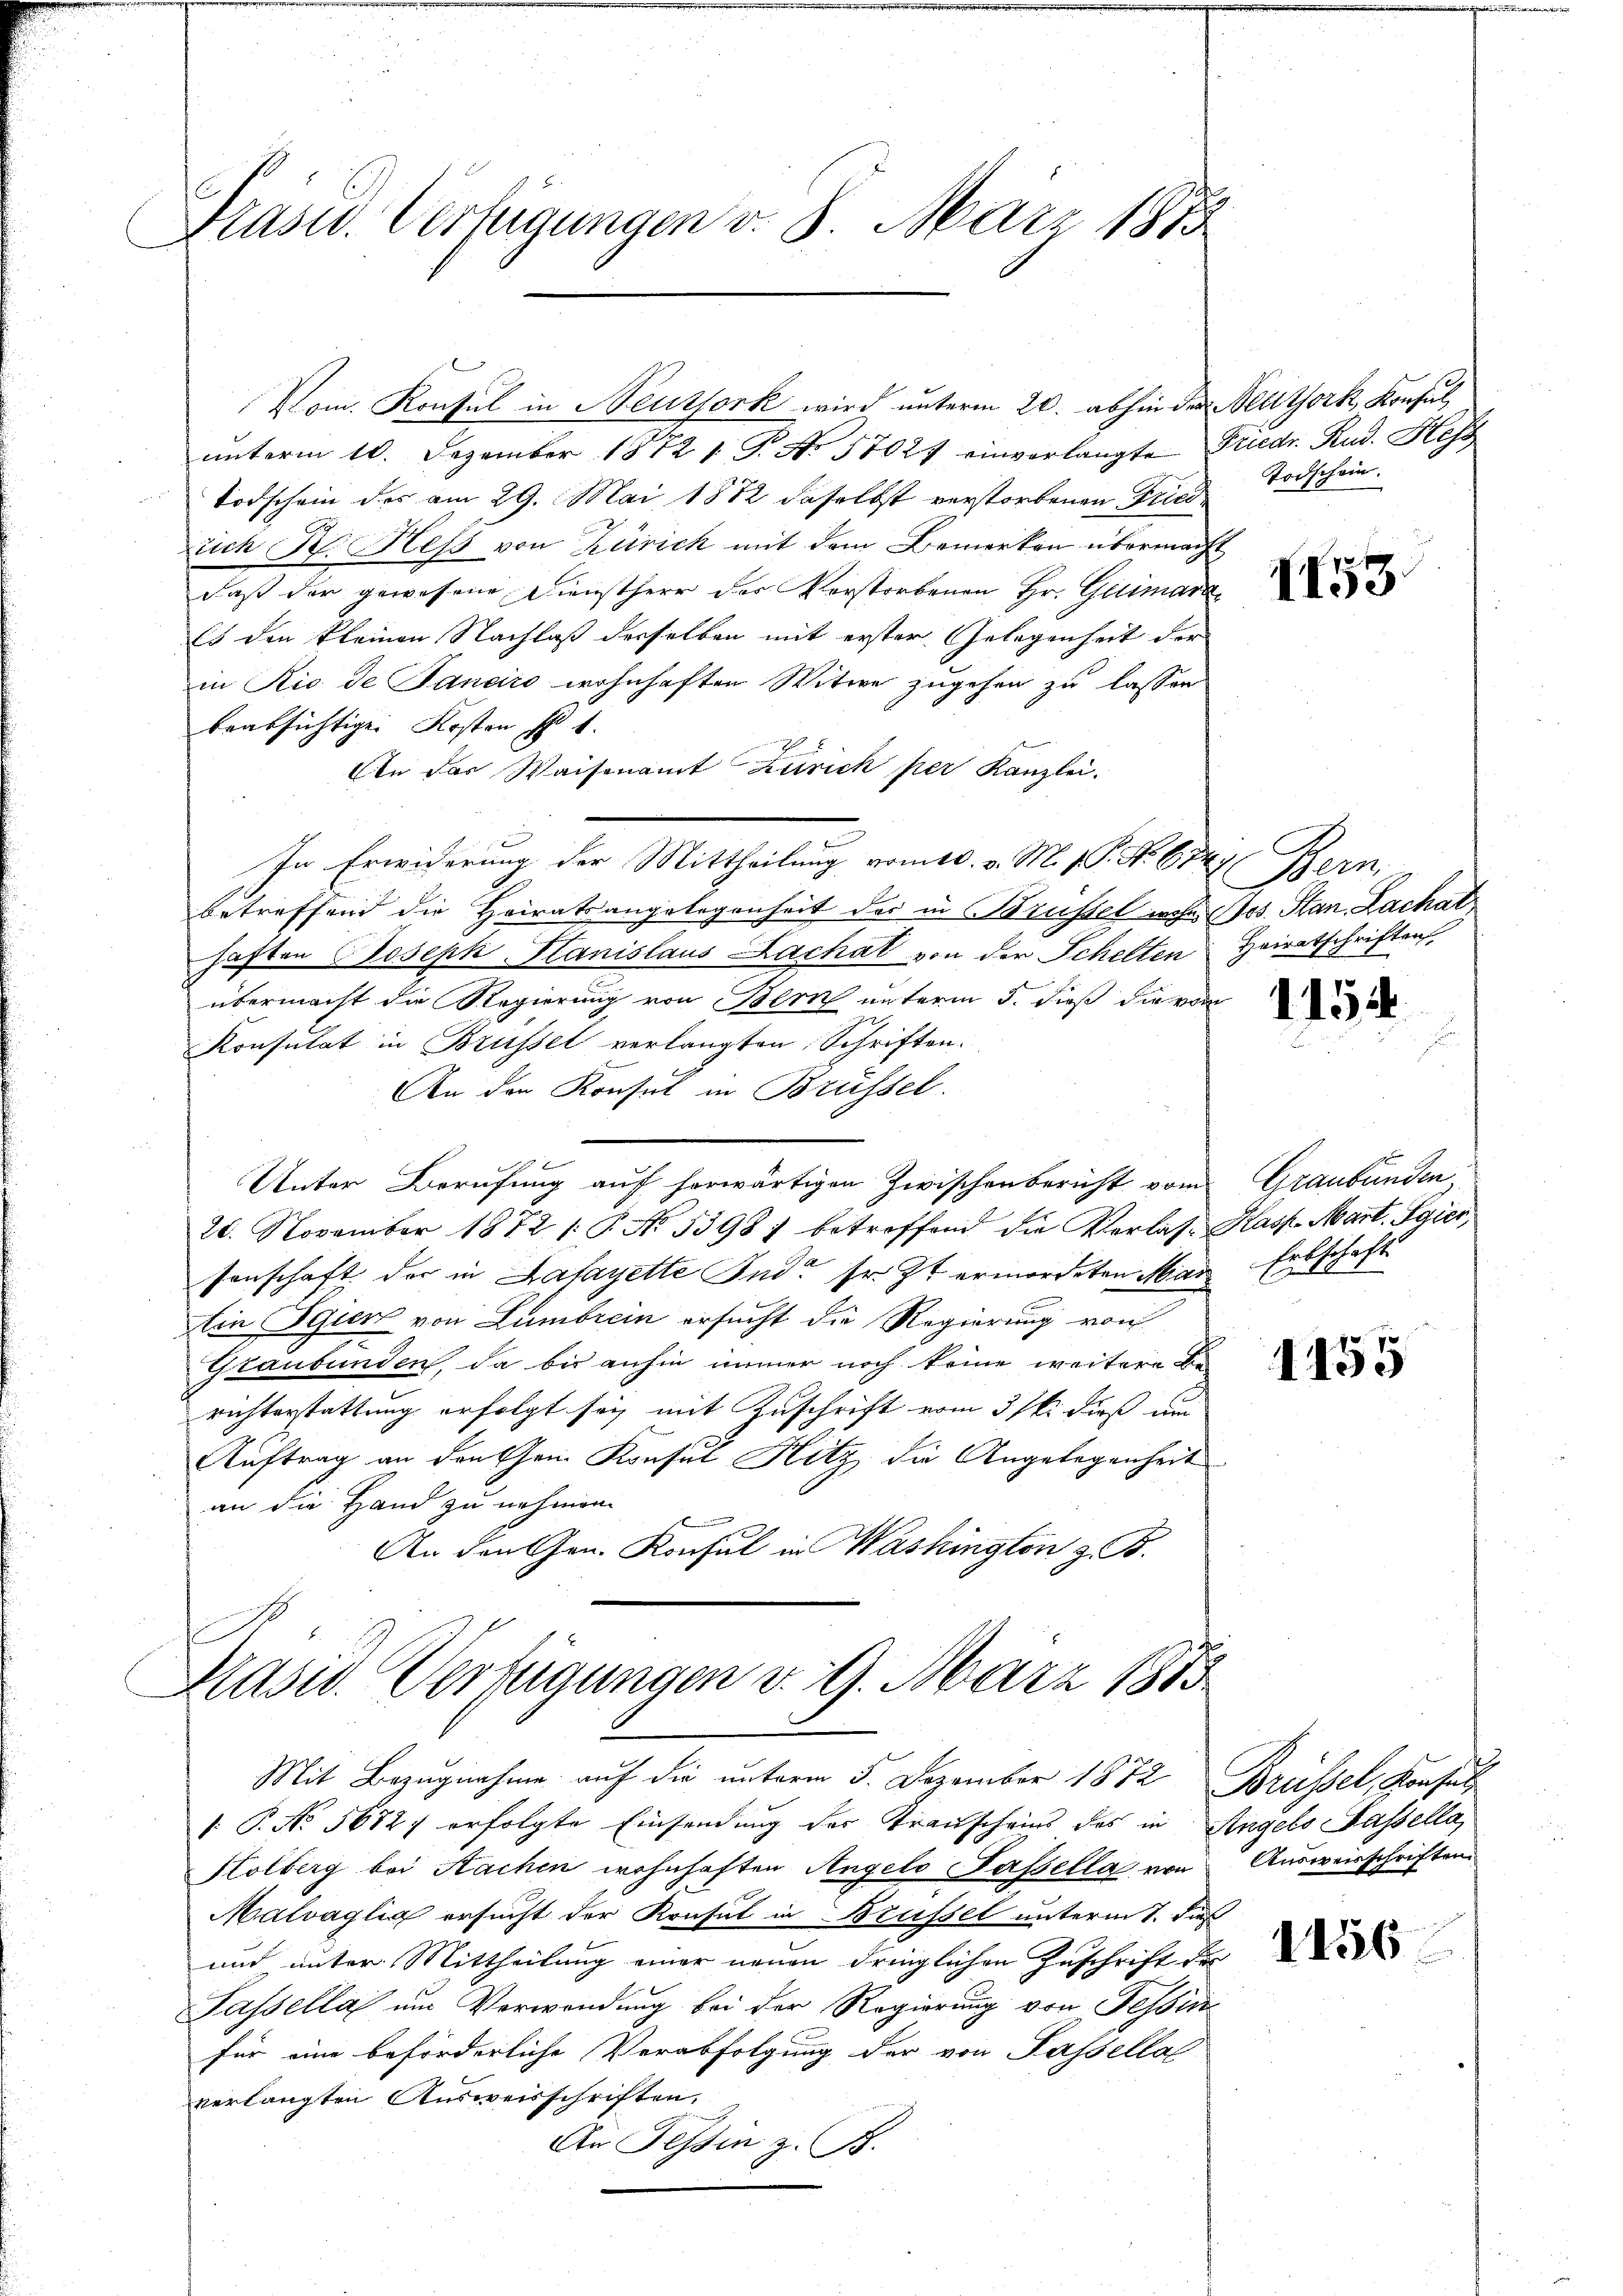
C
Prasw. Verfügungen v. 8. März 1875

Vom Konsul in Neuthork wird unterm 20. abhin der Nettork, Konsul,
unterm 10. Dezember 1872 1 S. No 57027 einverlangte Friedr. Rud. Hess
Todschein des am 29. Mai 1882 daselbst verstorbenen Fried¬
Eich K. Hess von Zürich mit dem Bemerken übermacht
daß der gewesene Dienstherr der Verstorbenen Hr. Grimara¬
Es den kleinen Nachlaß derselben mit erster Gelegenheit der
in Rio de Pancico wohnhaften Witwe zugehen zu lassen
beabsichtige Kosten S. 1.
An das Waisenamt Zürich per Kanzlei.
In Erwiderung der Mittheilung vom 10. v. M. v. P. No. 6747.
betreffend die Heiratsangelegenheit der in Brustel wohne Jos. Stan. Lachat
haften Joseph Stanislaus Zachat von der Schelten Heiratschriften
übermacht die Regierung von Bern unterm 5. dieß die von
Konsulat in Brüssel verlangten Schriften.
An den Konsul in Brüssel.
Unter Berufung auf horwärtigen Zwischenbericht vom Graubünden
20. November 1872 /: P. No. 5398) betroffend die Verlas- Kasp. Mart. Saier
senschaft der in Lafayette And. sr. Zt. ermordeten Man Erbschaft
Ein Sauer von Lambrein ersucht die Regierung von
Graubünden, da bis anhin immer noch keine weitere Sie
richterstattung erfolgt sey mit Zuschrift vom 3 st. dieß um
Auftrag an den Gen. Konsul Hitz die Angelegenheit
an die Hand zu nehmen.
An den Gen. Konsul in Washington z. B.

Masw. Verfügungen v. 9. März 1815
Mit Bezugnahme auf die unterm 5. Dezember 1872 Brüssel, Konsul

Todschein.

P. No. 56727 erfolgte Einsendung der Transcheins des in Angelo Passella,
Holberg bei Sachen wohnhaften Angelo Passella von
Malvaglig ersucht der Konsul in Brüssel unterm 1. dieß
und unter Mittheilung einer neuen dringlichen Zuschrift der
Lassella um Verwendung bei der Regierung von Tessin
für eine beförderliche Verabfolgung der von Passella
verlangten Ausweisschriften.
An Tessin z. B.

1153.

em

1154

1155

Ausweisschriften

1456